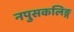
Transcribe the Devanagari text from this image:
नपुसकलिङ्ग